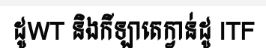
ដូWT និងកីឡាតេក្វាន់ដូ ITF